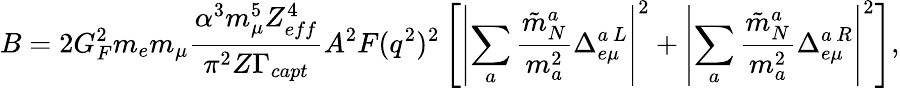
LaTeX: B=2G_{F}^{2}m_{e}m_{\mu}\frac{\alpha^{3}m_{\mu}^{5}Z_{eff}^{4}}{\pi^{2}Z\Gamma_{capt}}A^{2}F(q^{2})^{2}\left[\left|\sum_{a}\frac{\tilde{m}_{N}^{a}}{m_{a}^{2}}\Delta_{e\mu}^{a\, L}\right|^{2}+\left|\sum_{a}\frac{\tilde{m}_{N}^{a}}{m_{a}^{2}}\Delta_{e\mu}^{a\, R}\right|^{2}\right],